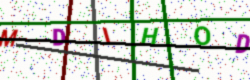
Text: MDLHOD